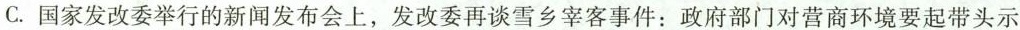
C.国家发改委举行的新闻发布会上，发改委再谈雪乡宰客事件：政府部门对营商环境要起带头示